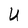
Character: U